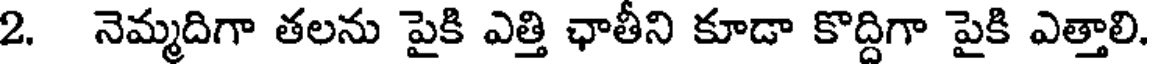
2. నెమ్మదిగా తలను పైకి ఎత్తి ఛాతీని కూడా కొద్దిగా పైకి ఎత్తాలి.